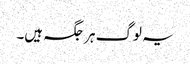
یہ لوگ ہر جگہ ہیں۔